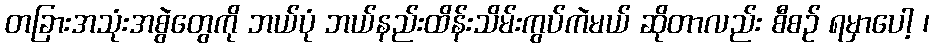
တခြားအသုံးအစွဲတွေကို ဘယ်ပုံ ဘယ်နည်းထိန်းသိမ်းကွပ်ကဲမယ် ဆိုတာလည်း စီစဉ် ရမှာပေါ့ ၊